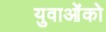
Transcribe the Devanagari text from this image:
युवाओंको